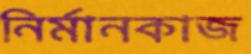
নির্মানকাজ